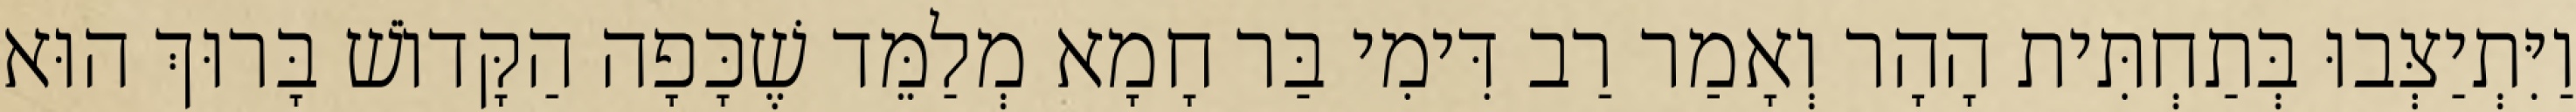
וַיִּתְיַצְּבוּ בְּתַחְתִּית הָהָר וְאָמַר רַב דִּימִי בַּר חָמָא מְלַמֵּד שֶׁכָּפָה הַקָּדוֹשׁ בָּרוּךְ הוּא